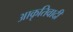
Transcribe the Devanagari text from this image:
आकृतिवादी